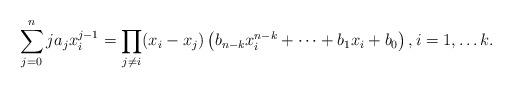
LaTeX: \begin{align*}\sum_{j=0}^{n}ja_j x_i^{j-1}=\prod_{j\ne i} (x_i - x_j) \left(b_{n-k} x_i^{n-k} + \dots + b_1 x_i + b_0\right),i=1,\dots k.\end{align*}